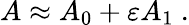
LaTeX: A\approx A_{0}+\varepsilon A_{1}~.